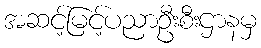
အဆင့်မြင့်ပညာဦးစီးဌာနမှ